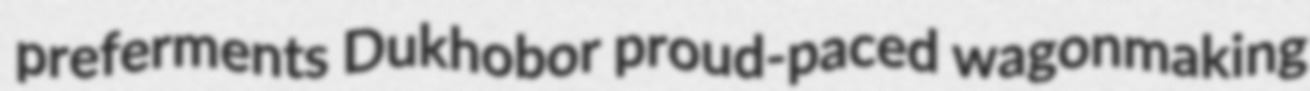
preferments Dukhobor proud-paced wagonmaking